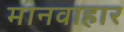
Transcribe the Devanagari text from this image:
मानवाहार